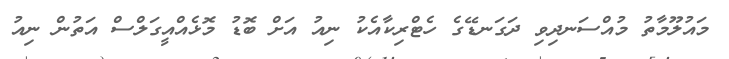
މައުލޫމާތު މުއްސަނދިވި ދަގަނޑޭގެ ހެޓްރިކާއެކު ނިއު އަށް ބޮޑު މޮޅެއްއީގަލްސް އަތުން ނިއު